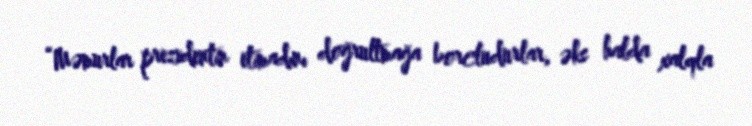
“Məmurlar prezidentin etimadını doğrultmağa borcludurlar, əks halda xalqla